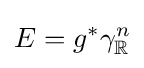
E=g^{*}\gamma _{\mathbb {R} }^{n}